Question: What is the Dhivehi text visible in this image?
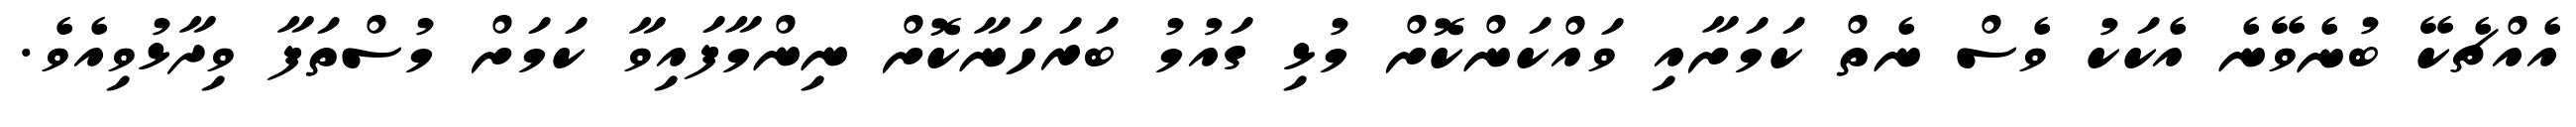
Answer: އެއްޗެކޭ ބުނެވޭނެ އެކަކު ވެސް ނެތް ކަމަށާއި ވައްކަންކޮށް މުޅި ގައުމު ބަރަހަނާކޮށް ނިންމާފައިވާ ކަމަށް މުސްތަފާ ވިދާޅުވިއެވެ.